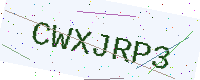
Text: CWXJRP3